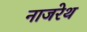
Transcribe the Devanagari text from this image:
नाजरेथ